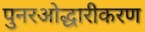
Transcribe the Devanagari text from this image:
पुनरओद्धारीकरण